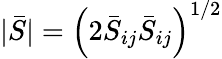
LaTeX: |\bar{S}|=\left(2\bar{S}_{ij}\bar{S}_{ij}\right)^{1/2}